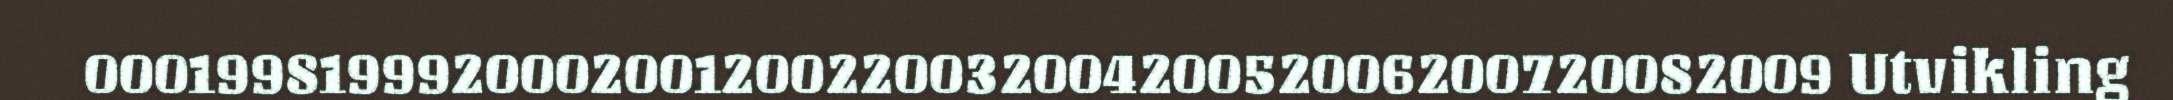
000199819992000200120022003200420052006200720082009 Utvikling